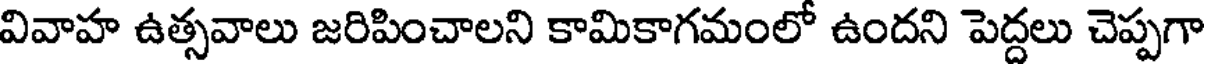
వివాహ ఉత్సవాలు జరిపించాలని కామికాగమంలో ఉందని పెద్దలు చెప్పగా